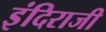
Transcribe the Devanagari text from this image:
इंदिराजी